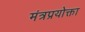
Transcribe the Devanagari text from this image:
मंत्रप्रयोक्ता